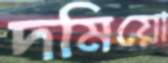
দমিয়ো